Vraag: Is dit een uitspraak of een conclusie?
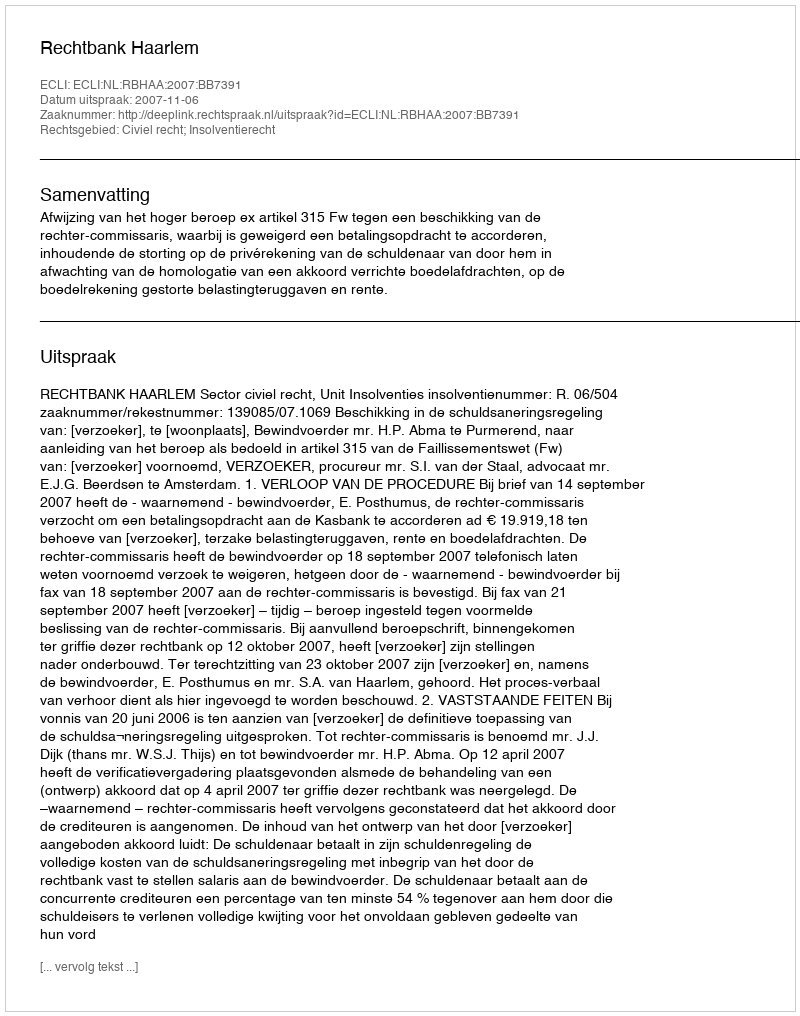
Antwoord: Uitspraak